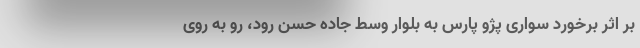
بر اثر برخورد سواری پژو پارس به بلوار وسط جاده حسن رود، رو به روی